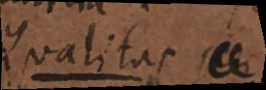
Qualitas